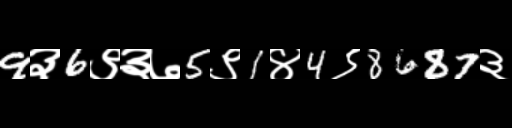
Text: 9३6९३७5९1४4९8687३